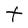
Character: t